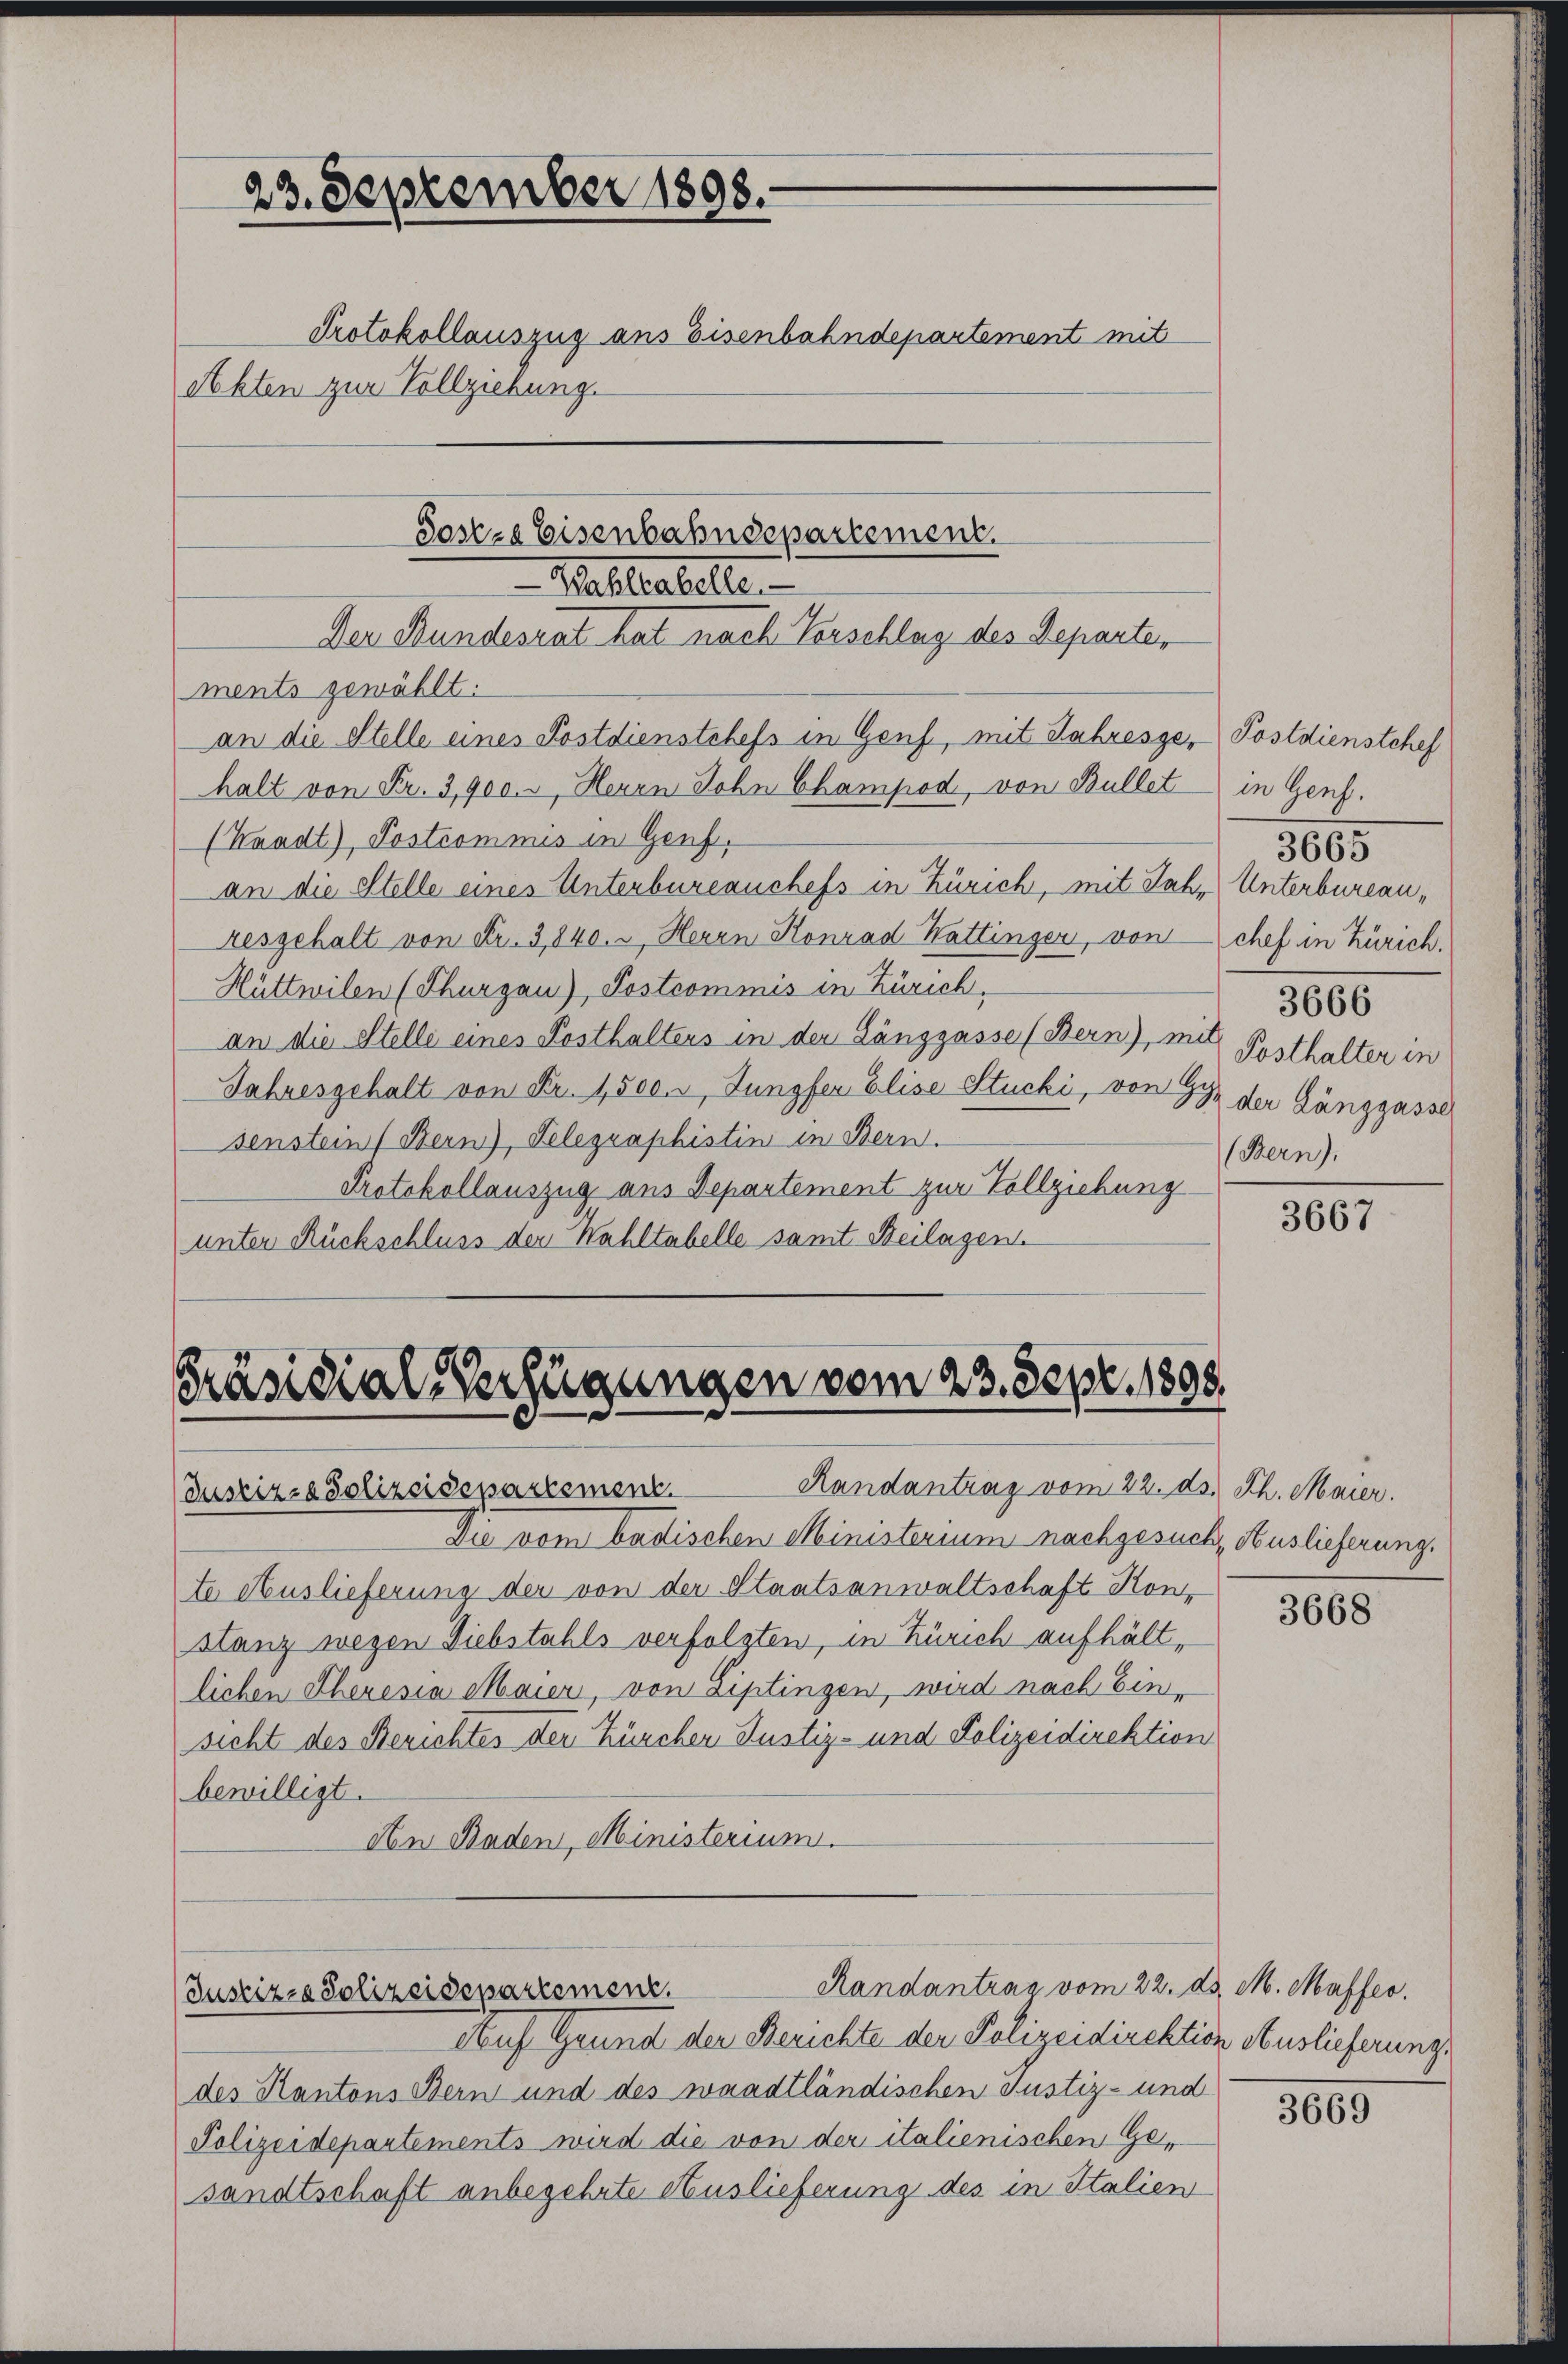
23. September 1898.
Protokollauszug aus Eisenbahndepartement mit
Akten zur Vollziehung.

ments gewählt:
an die Stelle eines Postdienstchefs in Genf, mit Jahresge-Postdienstchef
halt von Fr. 3,900.-, Herrn John Champod, von Bullet in Genf.
(Kaadt), Postcommis in Genf.
an die Stelle eines Unterbureauchefs in Zürich, mit Jahr Unterbureauresgehalt von Fr. 3,840. u Herrn Konrad Wattinger, von chef in Zürich.
Hüttwilen (Thurgau), Postcommis in Zürich.
an die Stelle eines Posthaltens in der Länggasse (Bern), mit
Jahresgehalt von Fr. 1,500. Jungfer Elise Stucki, von 95 der Länggasse
senstein (Bern), Telegraphistin in Bern.
Protokollauszug aus Departement zur Vollziehung
unter Rückschluss der Wahltabelle samt Beilagen.

Sosze Eisenbahndepartement.
Hallenbele
Der Bundesrat hat nach Verschlag des Departen

Präsidial-Verfügungen vom 23. Sept. 1898.
Randantrag vom 22. ds. Th. Maier.
Justiz- & Polizeisesartement.

Randantrag vom 22. d. M. Maffer
Justiz- & Polizeidepartement.

Auf Grund der Berichte der Polizeidirektion Auslieferungs
des Kantons Bern und des waadtländischen Justiz- und
Polizeidepartements wird die von der italienischen Gesandtschaft anbegehrte Auslieferung des in Italien

3666
Posthalter in
(Bern),

Die vom badischen Ministerium nachgesuch, Auslieferung.
te Auslieferung der von der Staatsanwaltschaft Kon-
stanz wegen Diebstahls verfolgten, in Zürich aufhältlichen Theresia Maier, von Liptingen, wird nach Ein-
sicht des Berichtes der Zürcher Justiz- und Polizeidirektion
bewilligt.
An Baden, Ministerium.

3665

3667

3668

3669